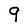
Character: 9